Vaccination in Bombay 1924-1928 - 1924-1928
Year: 1924
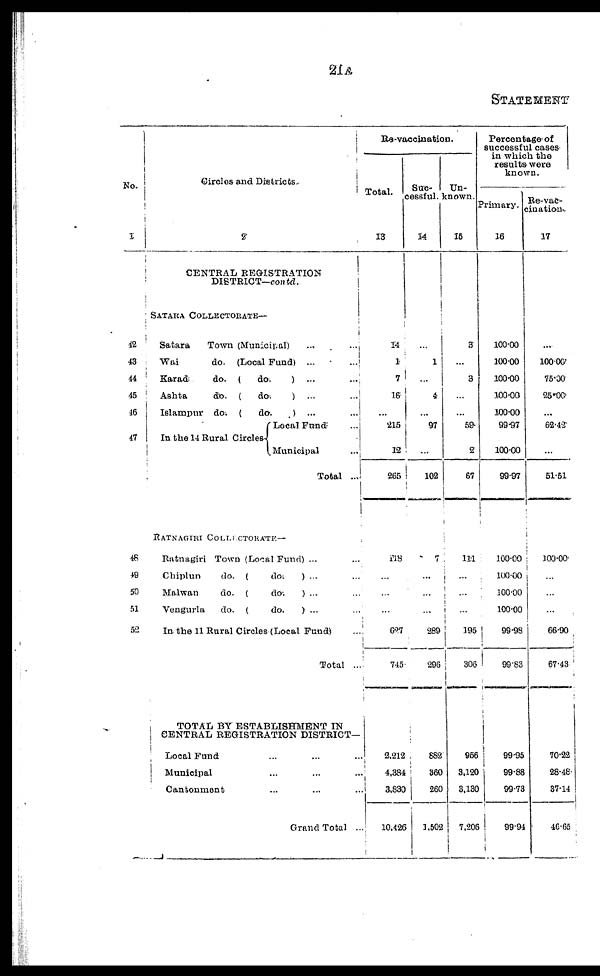
21A
STATEMENT
No.
1
42
43
44
45
46
47
46
49
50
51
52
Circles and Districts.
2
CENTRAL REGISTRATION
DISTRICT—contd.
SATARA COLLECTORATE—
Satara
Town (Municipal) ... ...
Wai
do. (Local Fund)
...
...
Karad
do. (
do.
)
...
...
Ashta
do. (
do.
)
...
...
Islampur do. (
do. )
...
...
In the 14 Rural Circles
Local Fund ...
Municipal ...
Total ...
RATNAGIRI COLLECTORATE—
Ratnagiri Town (Local Fund) ... ...
Chiplun
do. (
do.
) ... ...
Malwan
do. (
do.
) ... ...
Vengurla
do. (
do.
) ... ...
In the 11 Rural Circles (Local Fund) ...
Total ...
TOTAL BY ESTABLISHMENT IN
CENTRAL REGISTRATION DISTRICT—
Local Fund ... ... ...
Municipal ... ... ...
Cantonment ... ... ...
Grand Total ...
Re-vaccination.
Total.
13
14
1
7
16
...
215
12
265
118
...
...
...
627
745
3,212
4,384
3,830
10,426
Suc-
cessful.
14
...
1
...
4
...
97
...
102
7
...
...
...
289
296
882
369
260
1,502
Un-
known.
15
3
...
3
...
...
59
2
67
111
...
...
195
306
956
3,120
3,130
7,206
Percentage of
successful cases
in which the
results were
known.
Primary.
16
100.00
100.00
100.00
100.00
100.00
99.97
100.00
99.97
100.00
100.00
100.00
100.00
99.98
99.83
99.95
99.88
99.73
99.94
Re-vac-
cination.
17
...
100.00
75.00
25.00
...
62.42
...
51.51
100.00
...
...
...
66.90
67.43
70.22
28.48
37.14
46.65